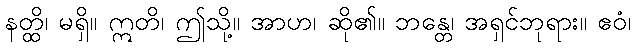
နတ္ထိ၊ မရှိ။ ဣတိ၊ ဤသို့။ အာဟ၊ ဆို၏။ ဘန္တေ၊ အရှင်ဘုရား။ ဧဝံ၊